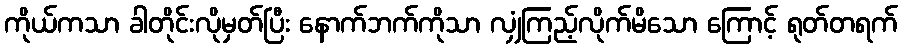
ကိုယ်ကသာ ခါတိုင်းလိုမှတ်ပြီး နောက်ဘက်ကိုသာ လျှံကြည့်လိုက်မိသော ကြောင့် ရုတ်တရက်